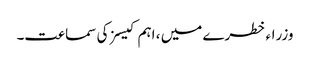
وزراء خطرے میں ، اہم کیسز کی سماعت۔